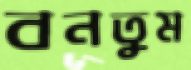
বনতুম